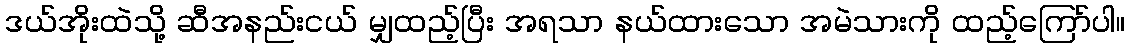
ဒယ်အိုးထဲသို့ ဆီအနည်းငယ် မျှထည့်ပြီး အရသာ နယ်ထားသော အမဲသားကို ထည့်ကြော်ပါ။